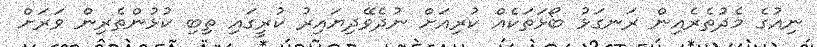
ނިއުގެ މެދުތެރެއިން ރަނގަޅު ބޯޅަތަކެއް ކުރިއަށް ނުދެވޭދިޔައިރު ކުރީގައި ތިބި ކުޅުންތެރިން ވަރަށް